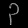
Digit: ၃